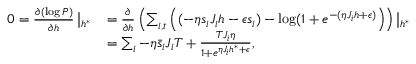
\begin{array} { r l } { 0 = \frac { \partial ( \log P ) } { \partial h } \left| _ { h ^ { * } } \right. } & { = \frac { \partial } { \partial h } \left( \sum _ { i , t } \left( ( - \eta s _ { i } J _ { i } h - \epsilon s _ { i } ) - \log ( 1 + e ^ { - ( \eta J _ { i } h + \epsilon ) } \right) \right) \left| _ { h ^ { * } } \right. } \\ & { = \sum _ { i } - \eta \bar { s } _ { i } J _ { i } T + \frac { T J _ { i } \eta } { 1 + e ^ { \eta J _ { i } h ^ { * } + \epsilon } } , } \end{array}